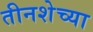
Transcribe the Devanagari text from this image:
तीनशेच्या